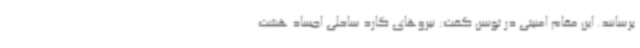
برسانند. این مقام امنیتی در تونس گفت: نیروهای گارد ساحلی اجساد هشت